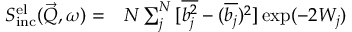
\begin{array} { r l } { S _ { \mathrm { i n c } } ^ { \mathrm { e l } } ( \vec { Q } , \omega ) = } & { { } N \sum _ { j } ^ { N } { [ \overline { { b _ { j } ^ { 2 } } } - ( \overline { { b _ { j } } } ) ^ { 2 } ] } \exp ( - 2 W _ { j } ) } \end{array}